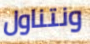
ونتناول